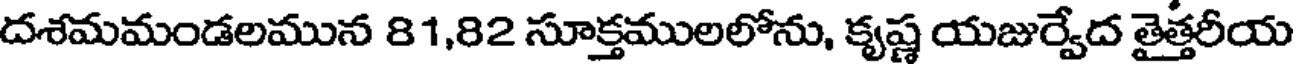
దశమమండలమున 81,82 సూక్తములలోను, కృష్ణ యజుర్వేద తైత్తరీయ